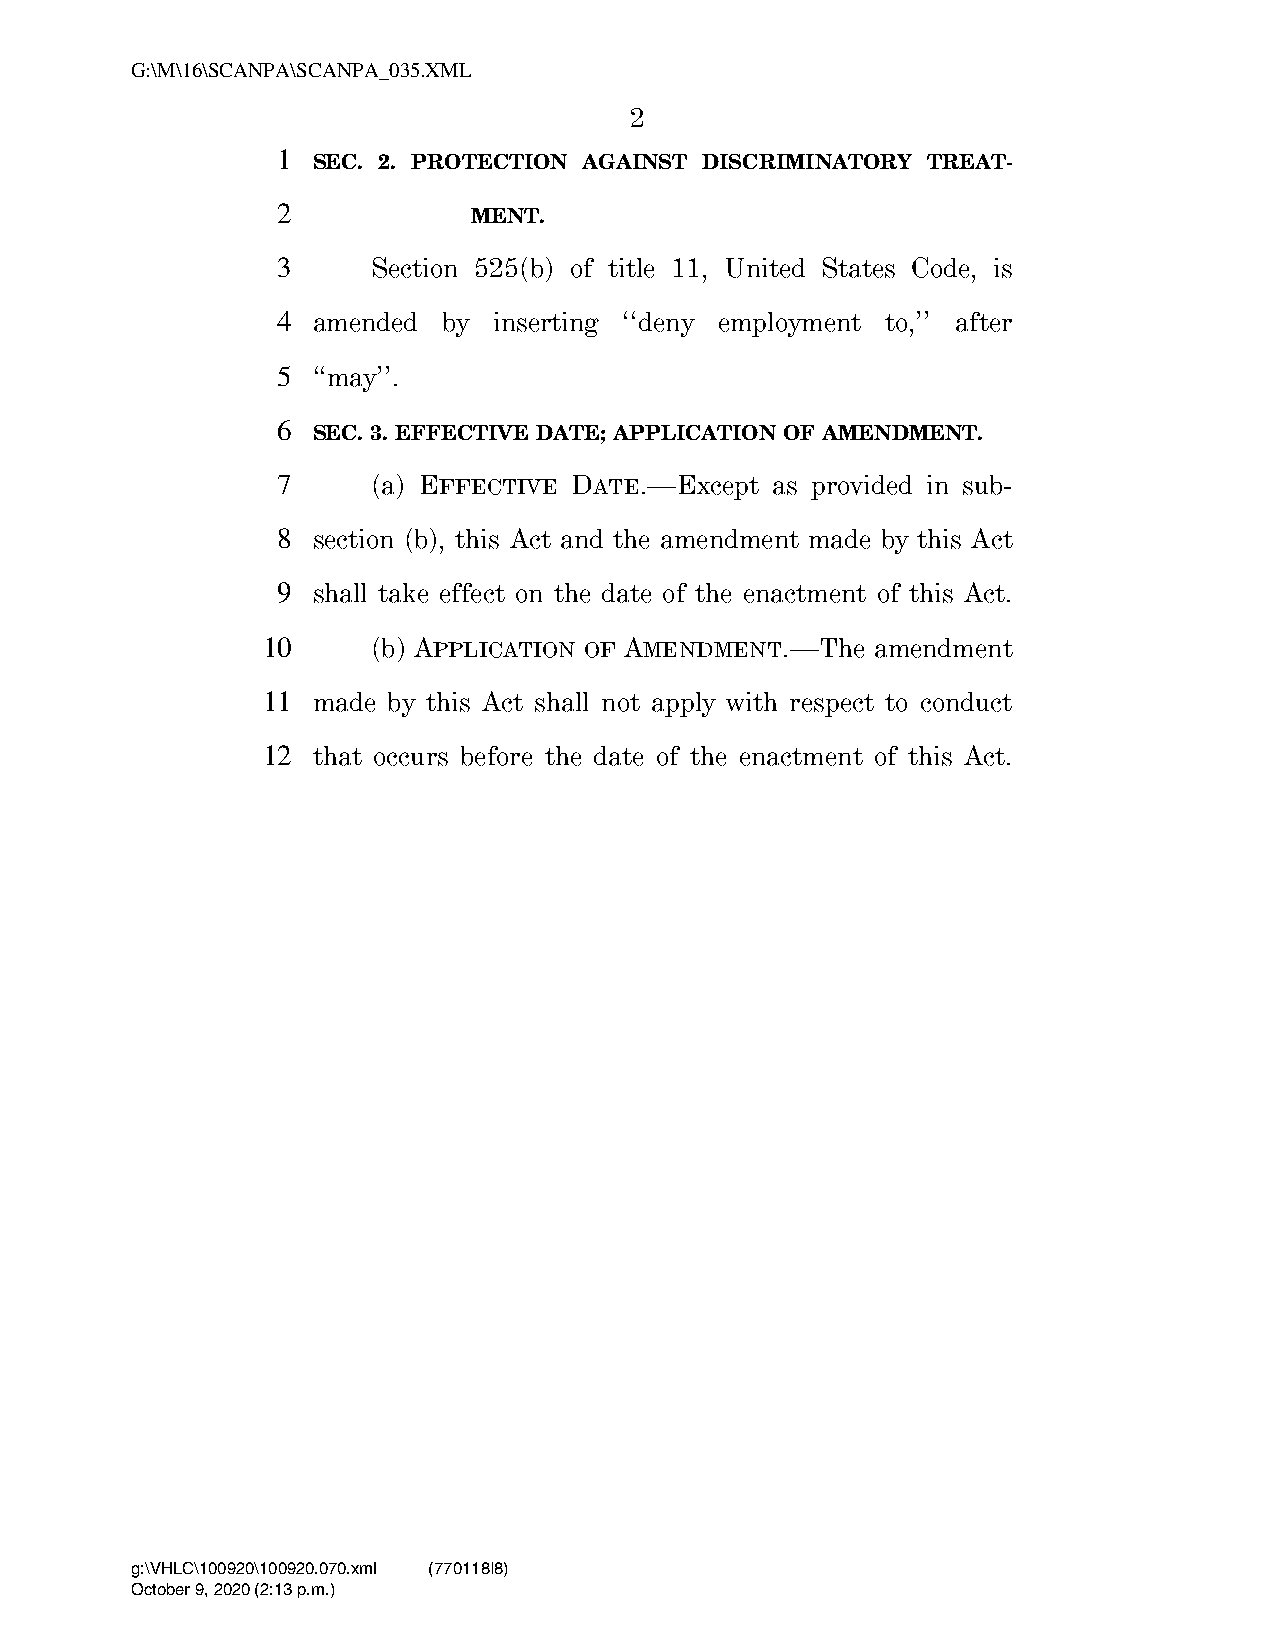
G:\M\16\SCANPA\SCANPA_035.XML
 2
 1
 SEC. 2. PROTECTION AGAINST DISCRIMINATORY TREAT-
 2
 MENT.
 3      Section 525(b) of title 11, United States Code, is
 4  amended by  inserting ‘‘deny employment to,’’ after
 5  ‘‘may’’.
 6
 SEC. 3. EFFECTIVE DATE; APPLICATION OF AMENDMENT.
 7      (a) EFFECTIVE DATE.—Except as provided in sub-
 8  section (b), this Act and the amendment made by this Act
 9  shall take effect on the date of the enactment of this Act.
 10      (b) APPLICATION OF AMENDMENT.—The amendment
 11  made by this Act shall not apply with respect to conduct
 12  that occurs before the date of the enactment of this Act.
 g:\VHLC\100920\100920.070.xml (770118|8)
 October 9, 2020 (2:13 p.m.)
 VerDate Mar 15 2010 14:13 Oct 09, 2020 Jkt 000000 PO 00000 Frm 00002 Fmt 6652 Sfmt 6201 C:\USERS\HRBRAZELTON\APPDATA\ROAMING\SOFTQUAD\XMETAL\7.0\GEN\C\SCANPA